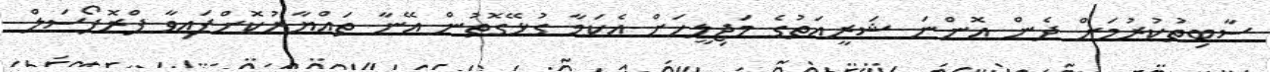
ސާބިތުކުރުމަށް ދެން އޮންނަ ޝަރީއަތުގެ މަޖިލީހަށް އެކަމާ ގުޅޭގޮތުން އޭނާ ތައްޔާރުކޮށްފައިވާ ޕްރޮޕޯސަލް